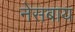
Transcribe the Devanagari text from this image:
नेसबाय